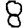
Digit: 8